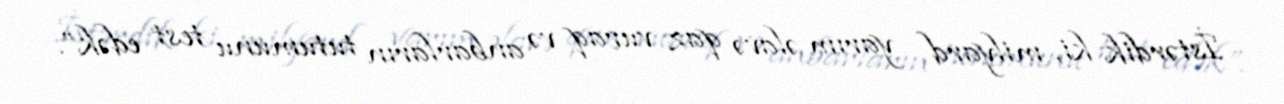
İstərdik ki, milyard yarım əlavə qaz vuraq və anbarların tutumunu test edək”.